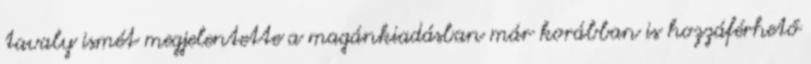
tavaly ismét megjelentette a magánkiadásban már korábban is hozzáférhető